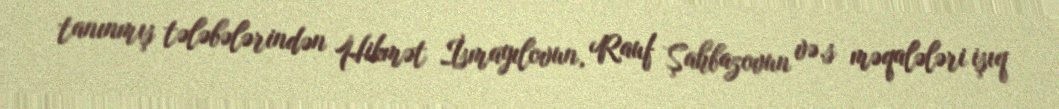
tanınmış tələbələrindən Hikmət İsmayılovun, Rauf Şahbazovun və.s məqalələri işıq